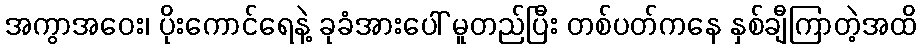
အကွာအဝေး၊ ပိုးကောင်ရေနဲ့ ခုခံအားပေါ် မူတည်ပြီး တစ်ပတ်ကနေ နှစ်ချီကြာတဲ့အထိ